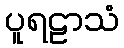
ပူရဠာသံ